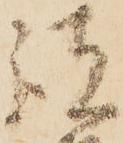
彼